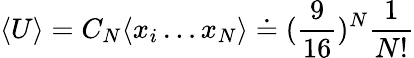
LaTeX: \langle U\rangle=C_{N}\langle x_{i}\dots x_{N}\rangle\doteq(\frac{9}{16})^{N}\frac{1}{N!}